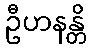
ဦဟနန္တိ